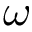
\omega